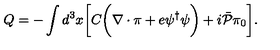
Q = - \int d ^ { 3 } x \biggl [ C \biggl ( \nabla \cdot \mathrm { \boldmath \pi } + e \psi ^ { \dagger } \psi \biggr ) + i { \bar { \cal P } } \pi _ { 0 } \biggr ] .